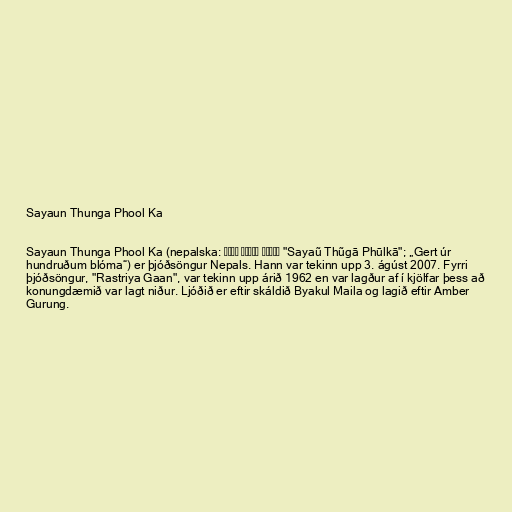
Sayaun Thunga Phool Ka

Sayaun Thunga Phool Ka (nepalska: सयौं थुँगा फूलका "Sayaũ Thũgā Phūlkā"; „Gert úr
hundruðum blóma“) er þjóðsöngur Nepals. Hann var tekinn upp 3. ágúst 2007. Fyrri
þjóðsöngur, "Rastriya Gaan", var tekinn upp árið 1962 en var lagður af í kjölfar þess að
konungdæmið var lagt niður. Ljóðið er eftir skáldið Byakul Maila og lagið eftir Amber
Gurung.